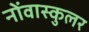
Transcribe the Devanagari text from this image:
नोंवास्कुलर